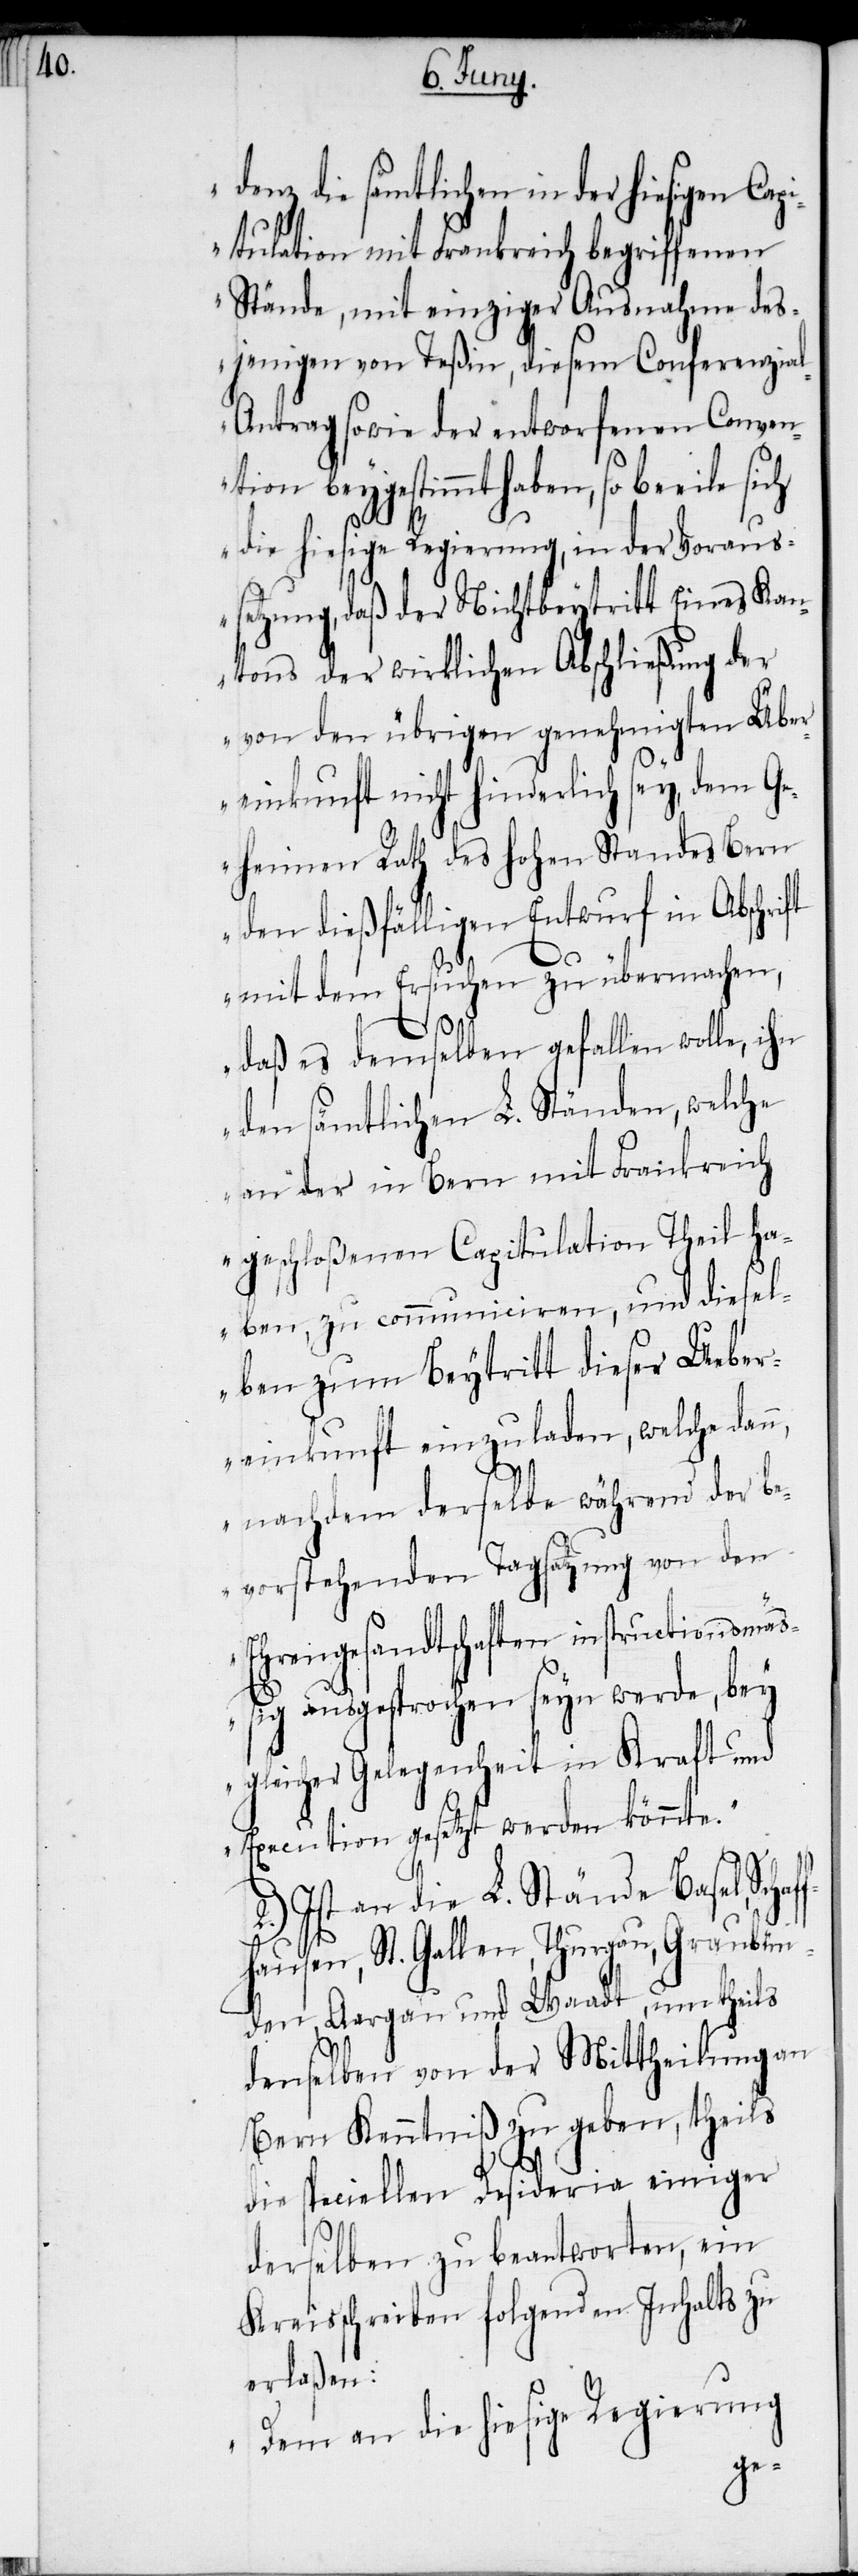
denz die sämtlichen in der hiesigen Cap¬
itulation mit Frankreich begriffenen
Stände, mit einziger Ausnahme des¬
jenigen von Teßin, diesem Conferenzia¬
l-Antrag sowie der entworfenen Conven¬
tion beygestimmt haben, so
die hiesige Regierung, in der Voraus¬
setzung, daß der Nichtbeytritt Eines Kan¬
tons der wirklichen Abschließung der
von den übrigen genehmigten Über¬
einkunft nicht hinderlich sey, dem Ge¬
heimen Rath des hohen Standes Bern
den dießfälligen Entwurf in Abschr¬
mit dem Ersuchen zu übermachen,
haff¬
daß es demselben gefallen wolle, ihn
den sämtlichen L. Ständen, welche
an der in Bern mit Frankreich
geschloßenen Capitulation Theil ha¬
ben, zu communiciren, und die sel¬
ben zum Beytritt dieser Ueber¬
einkunft einzuladen, welche dan¬
n, nachdem derselbe während der be¬
vorstehenden Tagsatzung von den
Ehrengesandtschaften instructionsmäß¬
ig ausgesprochen seyn werde, bey
gleicher Gelegenheit in Kraft und
Execution gesetzt werden könnte.“
2.) Ist an die L. Stände Basel, Sc¬
hausen, St. Gallen, Thurgau, Graubün¬
den, Aargau und Waadt, um theils
denselben von der Mittheilung an
Bern Kenntniß zu geben, theils
die speciellen Desideria einiger
derselben zu beantworten, ein
Kreisschreiben folgenden Inhalts zu
erlaßen:
„Dem an die hiesige Regierung